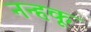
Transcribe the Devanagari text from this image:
नन्हकू